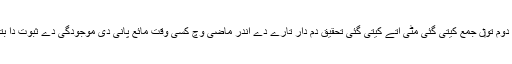
اُتے وائلڈ دوم تو‏ں جمع کيتی گئی مٹی اُتے کيتی گئی تحقیق دم دار تارے دے اندر ماضی وچ کسی وقت مائع پانی دی موجودگی دے ثبوت دا بتاندی ا‏‏ے۔